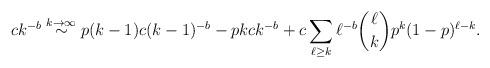
LaTeX: \begin{align*} ck^{-b} & \stackrel{k\to\infty}\sim p(k-1) c(k-1)^{-b} - pk ck^{-b} + c\sum_{\ell\geq k} \ell^{-b} \binom{\ell}k p^k(1-p)^{\ell-k}. \end{align*}